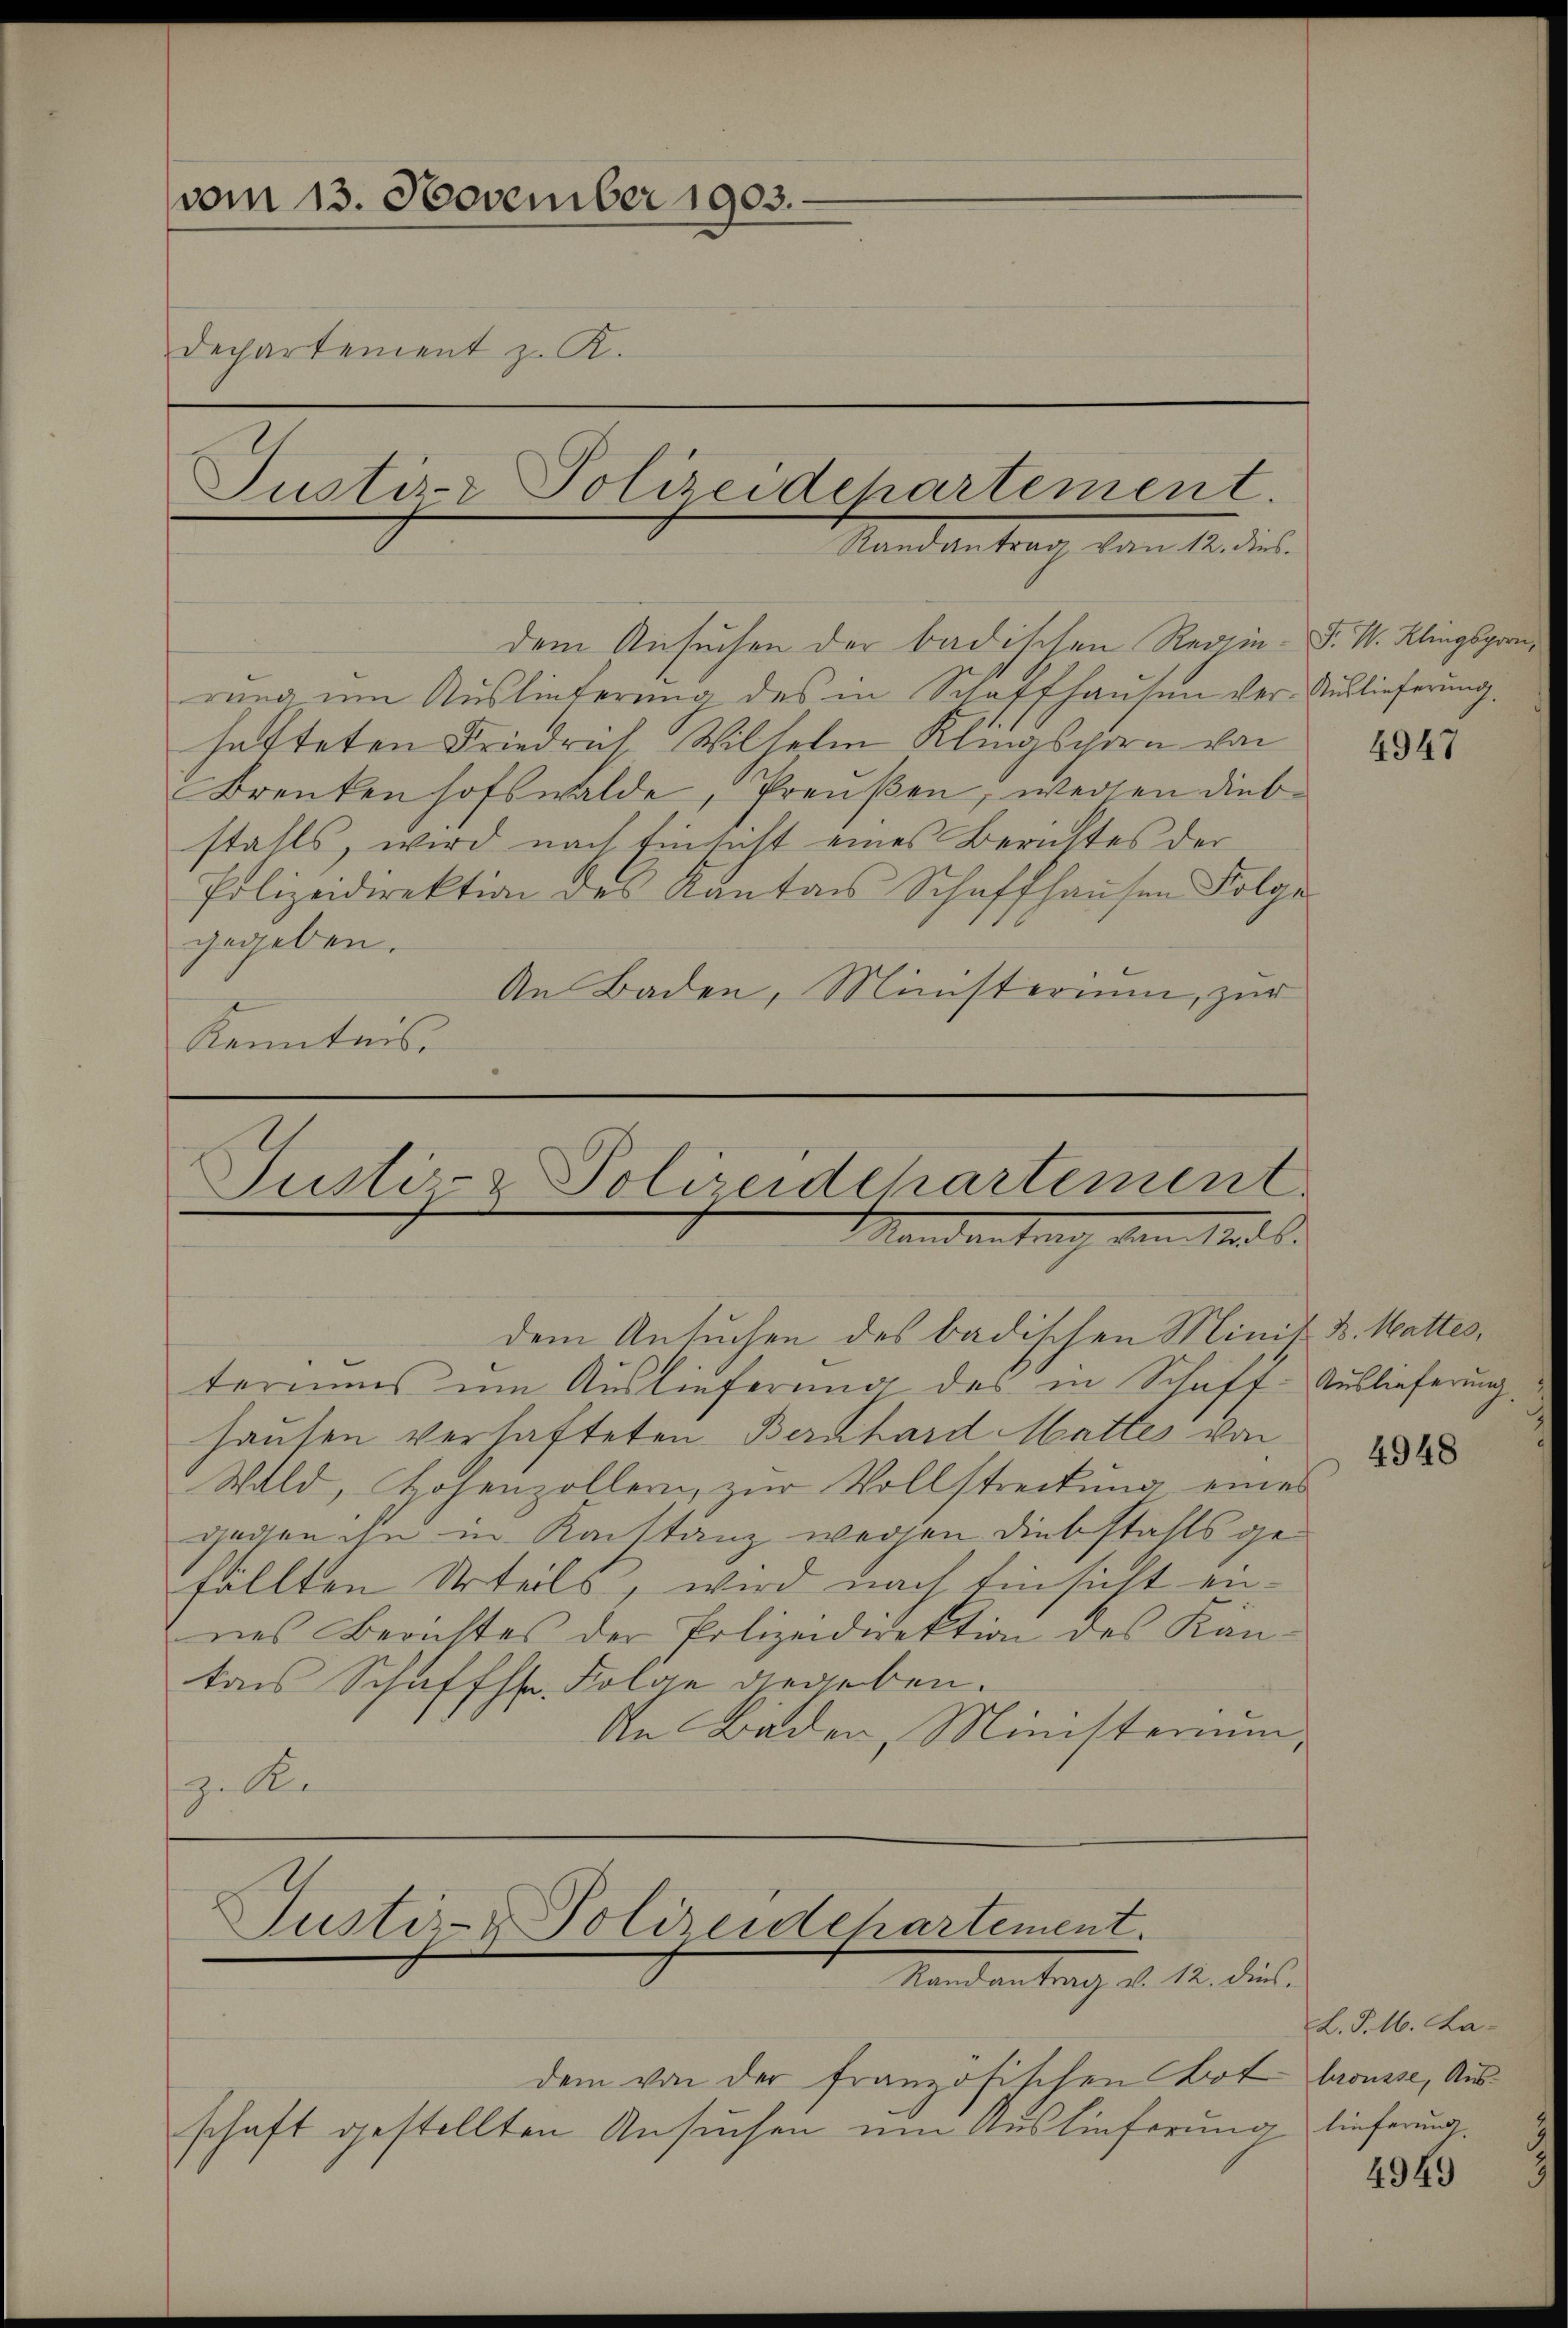
vom 13. November 1903.
Departement z. K.
Justiz- Polizeidepartement.

dem Ansuchen der badischen Regin. F. V. Klingsprorung um Auslieferung des in Schaffhausen der Auslieferung
hafteten Friedrich Wilhelm Klingsporn von
Brenkenhofswalde, Preußen, wegen diebstalls, wird nach Einsicht eines Berichtes der
Polizeidirektion des Kantons Schaffhausen Folge
gegeben.
An Baden, Ministerium, zur
Kenntnis.

Randantrag von 12. dies

Justiz- & Polizeidchartement
Mandantrag den Mall.

dem Ansuchen des badischen Minik u. Mattes,
teriums um Auslieferung des in Schaff-Auslieferung
hausen verhafteten Bernhard Mattes von
Wald, Hohenzollern, zur Vollstreckung eines
gegen ihn in Konstanz wegen Diebstahls gefällten Urteils, wird nach Einsicht einnes Berichtes der Polizeidirektion des Kantons Schaffhr. Folge gegeben.
An Bäder, Ministerium,
zile

Justiz- & Polizeidehartement.
Mandantrag d. M. diese

dem von der französischen Bot brousse, Ausschaft gestellten Ansuchen um Auslieferung lieferung

4947

4948

L. P. 16. La

4949